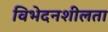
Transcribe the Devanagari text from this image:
विभेदनशीलता